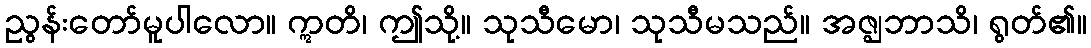
ညွန်းတော်မူပါလော။ ဣတိ၊ ဤသို့။ သုသီမော၊ သုသီမသည်။ အဇ္ဈဘာသိ၊ ရွတ်၏။